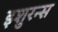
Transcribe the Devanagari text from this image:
इशुरन्स